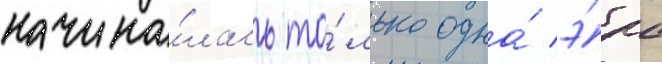
начина́лась то́лько одна́ э́ра